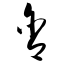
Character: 含